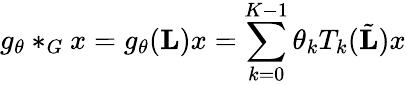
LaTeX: g_{\theta}*_{G}x=g_{\theta}(\mathbf{L})x=\sum_{k=0}^{K-1}\theta_{k}T_{k}(\tilde{\mathbf{L}})x